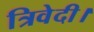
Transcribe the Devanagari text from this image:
त्रिवेदी।